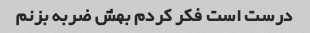
درست است فکر کردم بهش ضربه بزنم